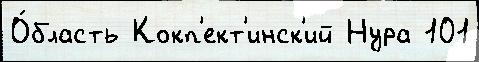
О́бласть Кокп'ект'инск'ий Нура 101